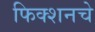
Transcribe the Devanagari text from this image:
फिक्शनचे